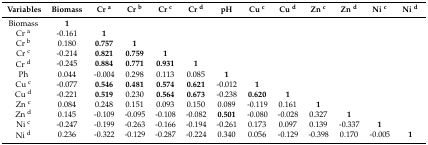
| Variables | Biomass | Cr a | Cr b | Cr c | Cr d | pH | Cu c | Cu d | Zn c | Zn d | Ni c | Ni d |
 | --- | --- | --- | --- | --- | --- | --- | --- | --- | --- | --- | --- | --- |
 | Biomass | 1 |  |  |  |  |  |  |  |  |  |  |  |
 | Cr a | ‒0.161 | 1 |  |  |  |  |  |  |  |  |  |  |
 | Cr b | 0.180 | 0.757 | 1 |  |  |  |  |  |  |  |  |  |
 | Cr c | ‒0.214 | 0.821 | 0.759 | 1 |  |  |  |  |  |  |  |  |
 | Cr d | ‒0.245 | 0.884 | 0.771 | 0.931 | 1 |  |  |  |  |  |  |  |
 | Ph | 0.044 | ‒0.004 | 0.298 | 0.113 | 0.085 | 1 |  |  |  |  |  |  |
 | Cu c | ‒0.077 | 0.546 | 0.481 | 0.574 | 0.621 | ‒0.012 | 1 |  |  |  |  |  |
 | Cu d | ‒0.221 | 0.519 | 0.230 | 0.564 | 0.673 | ‒0.238 | 0.620 | 1 |  |  |  |  |
 | Zn c | 0.084 | 0.248 | 0.151 | 0.093 | 0.150 | 0.089 | ‒0.119 | 0.161 | 1 |  |  |  |
 | Zn d | 0.145 | ‒0.109 | ‒0.095 | ‒0.108 | ‒0.082 | 0.501 | ‒0.080 | ‒0.028 | 0.327 | 1 |  |  |
 | Ni c | ‒0.247 | ‒0.199 | ‒0.263 | ‒0.166 | ‒0.194 | ‒0.261 | 0.173 | 0.097 | 0.139 | ‒0.337 | 1 |  |
 | Ni d | 0.236 | ‒0.322 | ‒0.129 | ‒0.287 | ‒0.224 | 0.340 | 0.056 | ‒0.129 | ‒0.398 | 0.170 | ‒0.005 | 1 |